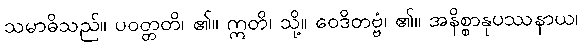
သမာဓိသည်။ ပဝတ္တတိ၊ ၏။ ဣတိ၊ သို့။ ဝေဒိတဗ္ဗံ၊ ၏။ အနိစ္စာနုပဿနာယ၊